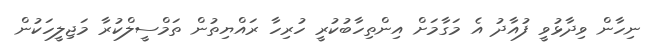
ނިހާން ވިދާޅުވީ ފުއާދު އެ މަގާމަށް އިންތިހާބުކުރީ ހުރިހާ ރައްޔިތުން ތަމްސީލްކުރާ މަޖިލީހަކުން